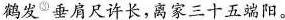
鹤发^{③}垂肩尺许长，离家三十五端阳。